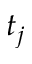
t _ { j }